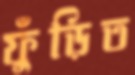
ফুঁড়িত